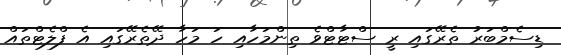
ޑިސެމްބަރު ތެރޭގައި ރީ ސްޓާޓްވެ ތިންމަހާއި ހަ މަހާ ދޭތެރޭގައި އެ ފްލެޓްތައް